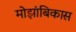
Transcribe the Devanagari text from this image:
मोझांबिकास